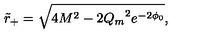
\tilde { r } _ { + } = \sqrt { 4 M ^ { 2 } - 2 { Q _ { m } } ^ { 2 } e ^ { - 2 \phi _ { 0 } } } ,